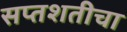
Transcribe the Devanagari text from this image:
सप्तशतीचा